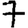
Digit: 7